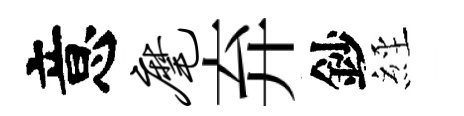
意麾弃鈔𦀇